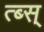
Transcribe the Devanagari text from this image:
त्ब्स्